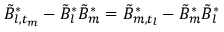
\tilde { B } _ { l , t _ { m } } ^ { * } - \tilde { B } _ { l } ^ { * } \tilde { B } _ { m } ^ { * } = \tilde { B } _ { m , t _ { l } } ^ { * } - \tilde { B } _ { m } ^ { * } \tilde { B } _ { l } ^ { * }